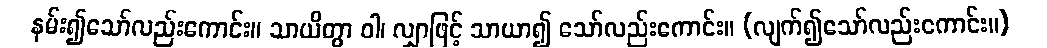
နမ်း၍သော်လည်းကောင်း။ သာယိတွာ ဝါ၊ လျှာဖြင့် သာယာ၍ သော်လည်းကောင်း။ (လျက်၍သော်လည်းကောင်း။)